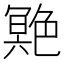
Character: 䒌